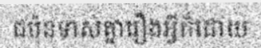
ជប៉ុនទាស់គ្នារឿងអ្វីក៏ដោយ